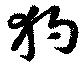
狗